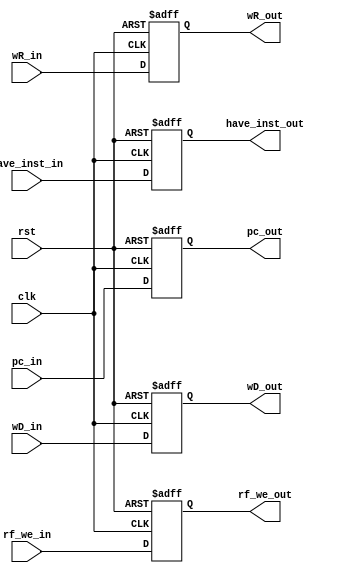
module REG_MEM_WB (
    input wire        clk,
    input wire        rst,  
    
    //
    input wire [4 :0] wR_in,
    input wire [31:0] wD_in,
    input wire [31:0] pc_in,
    input wire        have_inst_in,

    output reg [4 :0] wR_out,
    output reg [31:0] wD_out,
    output reg [31:0] pc_out,
    output reg        have_inst_out,

    //
    input wire        rf_we_in,
    output reg        rf_we_out
);

    //
    always @ (posedge clk or posedge rst) begin
        if(rst)      wR_out <= 5'b0;
        else         wR_out <= wR_in;
    end

    always @ (posedge clk or posedge rst) begin
        if(rst)      wD_out <= 32'b0;
        else         wD_out <= wD_in;
    end

    always @ (posedge clk or posedge rst) begin
        if(rst)      pc_out <= 32'b0;
        else         pc_out <= pc_in;
    end

    always @(posedge clk or posedge rst) begin
        if(rst)      have_inst_out <= 1'b0;
        else         have_inst_out <= have_inst_in;
    end

    //
    always @ (posedge clk or posedge rst) begin
        if(rst)      rf_we_out <= 1'b0;
        else         rf_we_out <= rf_we_in;
    end

endmodule